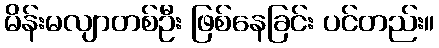
မိန်းမလျာတစ်ဦး ဖြစ်နေခြင်း ပင်တည်း။